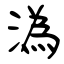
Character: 溈